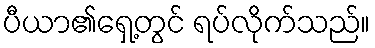
ပီယာ၏ရှေ့တွင် ရပ်လိုက်သည်။